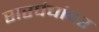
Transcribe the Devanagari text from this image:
सरपंचांवर